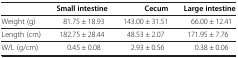
<table><thead><tr><td>[EMPTY_CELL]</td><td><b>Small intestine</b></td><td><b>Cecum</b></td><td><b>Large intestine</b></td></tr></thead><tbody><tr><td>Weight (g)</td><td>81.75 ± 18.93</td><td>143.00 ± 31.51</td><td>66.00 ± 12.41</td></tr><tr><td>Length (cm)</td><td>182.75 ± 28.44</td><td>48.53 ± 2.07</td><td>171.95 ± 7.76</td></tr><tr><td>W/L (g/cm)</td><td>0.45 ± 0.08</td><td>2.93 ± 0.56</td><td>0.38 ± 0.06</td></tr></tbody></table>